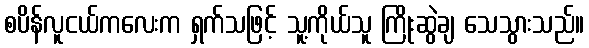
စပိန်လူငယ်ကလေးက ရှက်သဖြင့် သူ့ကိုယ်သူ ကြိုးဆွဲချ သေသွားသည်။